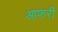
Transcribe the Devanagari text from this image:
आफरी